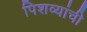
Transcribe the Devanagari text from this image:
पिशव्यांची